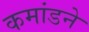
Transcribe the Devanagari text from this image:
कमांडने